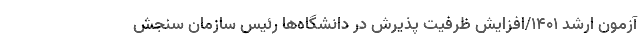
آزمون ارشد ۱۴۰۱/افزایش ظرفیت پذیرش در دانشگاه‌ها رئیس سازمان سنجش